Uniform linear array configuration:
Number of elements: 32
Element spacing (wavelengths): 0.25
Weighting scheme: exponential
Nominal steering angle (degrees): -60
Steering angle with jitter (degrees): -59.137
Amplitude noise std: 0.05
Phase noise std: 0.05

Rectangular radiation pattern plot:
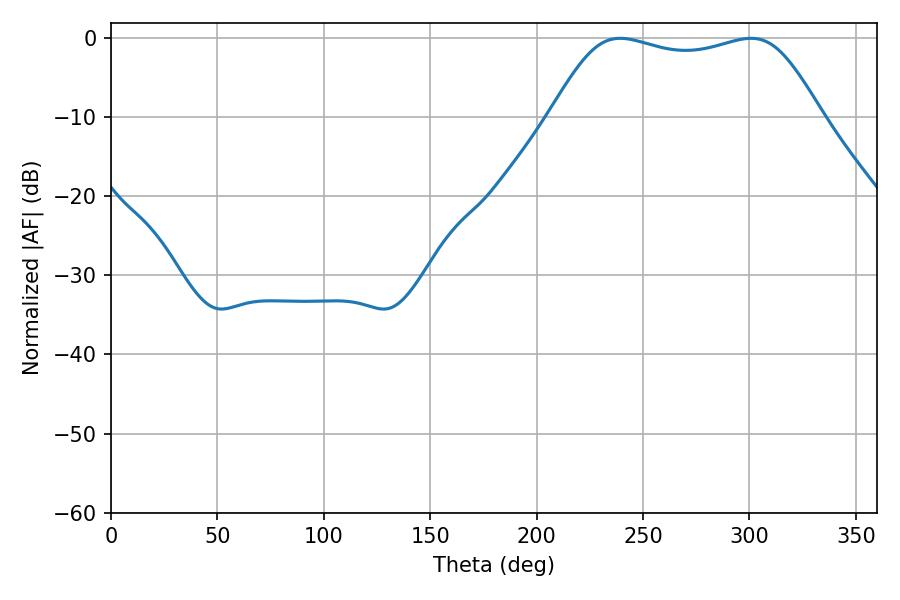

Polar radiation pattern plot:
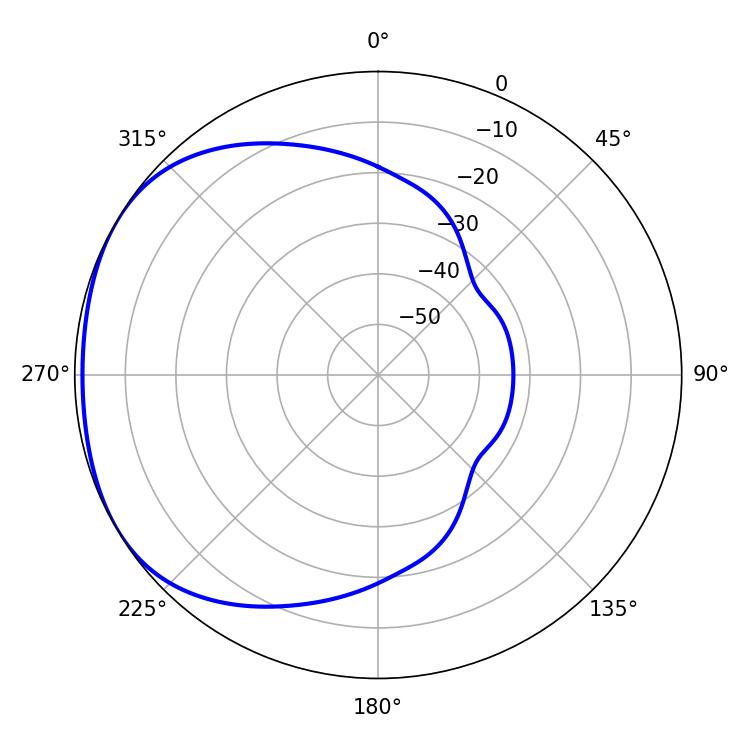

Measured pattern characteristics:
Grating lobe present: FALSE
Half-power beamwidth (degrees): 97.92
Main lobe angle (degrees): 239.22